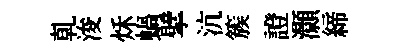
乹浚秌蝸擘沆簇證灝締